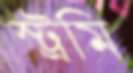
স্ট্রমি